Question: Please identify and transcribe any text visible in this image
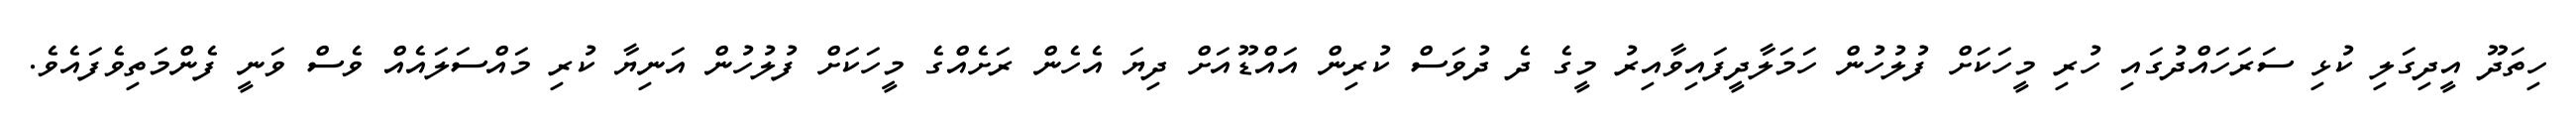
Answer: ހިތަދޫ އީދިގަލި ކުޅި ސަރަހައްދުގައި ހުރި މީހަކަށް ފުލުހުން ހަމަލާދީފައިވާއިރު މީގެ ދެ ދުވަސް ކުރިން އައްޑޫއަށް ދިޔަ އެހެން ރަށެއްގެ މީހަކަށް ފުލުހުން އަނިޔާ ކުރި މައްސަލައެއް ވެސް ވަނީ ފެންމަތިވެފައެވެ.